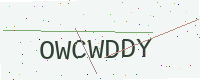
Text: OWCWDDY